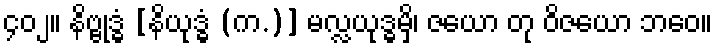
၄၀၂။ နိဗ္ဗုဒ္ဓံ [နိယုဒ္ဓံ (က.)] မလ္လယုဒ္ဓမှိ၊ ဇယော တု ဝိဇယော ဘဝေ။